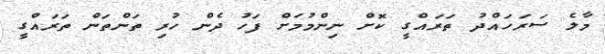
މާލެ ސަރަހައްދު ތަރައްގީ ކޮށް ނިންމުމަށް ފަހު ދެން ހުރި ތަންތަން ތަރައްގީ